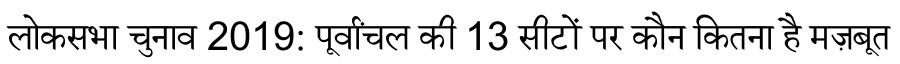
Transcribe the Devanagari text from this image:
लोकसभा चुनाव 2019: पूर्वांचल की 13 सीटों पर कौन कितना है मज़बूत